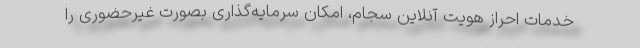
خدمات احراز هویت آنلاین سجام، امکان سرمایه‌گذاری بصورت غیرحضوری را